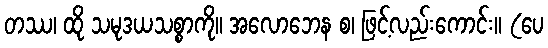
တဿ၊ ထို သမုဒယသစ္စာကို။ အလောဘေန စ၊ ဖြင့်လည်းကောင်း။ (ပေ